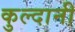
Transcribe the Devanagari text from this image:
कुल्दानी